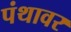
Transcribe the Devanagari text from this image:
पंथावर